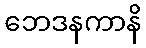
ဘေဒနကာနိ